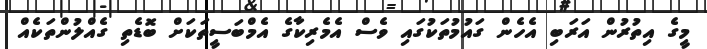
މީގެ އިތުރުން އަރަބި އެހެން ގައުމުތަކުގައި ވެސް އެމެރިކާގެ އެމްބަސީތަކަށް ބޮޑެތި ގެއްލުންތަކެއް